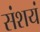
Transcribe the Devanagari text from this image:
संशयं